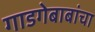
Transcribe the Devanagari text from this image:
गाडगेबाबांचा